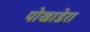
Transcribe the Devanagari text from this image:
पोखाडेरा